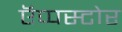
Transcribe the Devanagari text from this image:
ऍप्पस्टोर